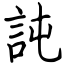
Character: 訰